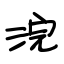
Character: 浣